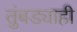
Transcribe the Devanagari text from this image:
तुंबड्याही